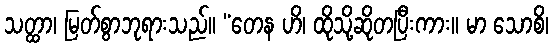
သတ္ထာ၊ မြတ်စွာဘုရားသည်။ “တေန ဟိ၊ ထိုသို့ဆိုတပြီးကား။ မာ သောစိ၊